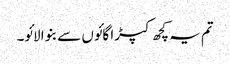
تم یہ کچھ کپڑا گائوں سے بنوا لائو۔